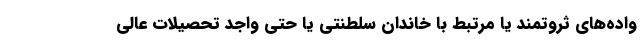
واده‌های ثروتمند یا مرتبط با خاندان سلطنتی یا حتی واجد تحصیلات عالی